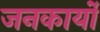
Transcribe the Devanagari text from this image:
जनकार्यों